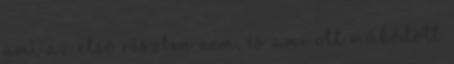
ami az első részben nem, és ami ott működött